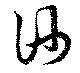
衎